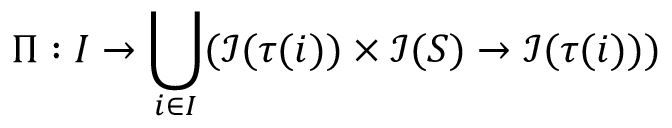
\Pi : I \rightarrow \bigcup _ { i \in I } ( \mathcal { I } ( \tau ( i ) ) \times \mathcal { I } ( S ) \rightarrow \mathcal { I } ( \tau ( i ) ) )